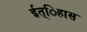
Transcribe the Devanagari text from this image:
ईत्िहास